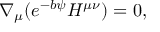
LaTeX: \nabla _ { \mu } ( e ^ { - b \psi } H ^ { \mu \nu } ) = 0 ,